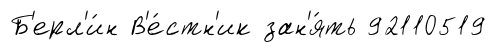
Б'ерл'и́н В'е́стн'ик зан'я́ть 92110519